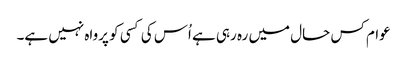
عوام کس حال میں رہ رہی ہے اُس کی کسی کو پرواہ نہیں ہے۔